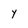
Character: Y